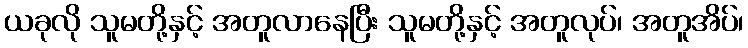
ယခုလို သူမတို့နှင့် အတူလာနေပြီး သူမတို့နှင့် အတူလုပ်၊ အတူအိပ်၊